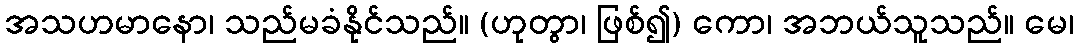
အသဟမာနော၊ သည်မခံနိုင်သည်။ (ဟုတွာ၊ ဖြစ်၍) ကော၊ အဘယ်သူသည်။ မေ၊